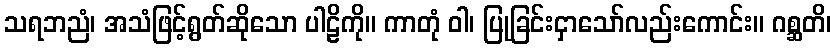
သရဘညံ၊ အသံဖြင့်ရွတ်ဆိုသော ပါဠိကို။ ကာတုံ ဝါ၊ ပြုခြင်းငှာသော်လည်းကောင်း။ ဂစ္ဆတိ၊